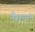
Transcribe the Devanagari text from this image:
नैस़नल